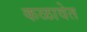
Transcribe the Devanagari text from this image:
कळावेत